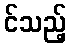
င်သည့်